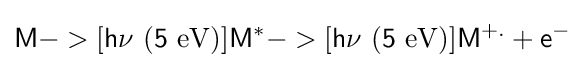
{\ce {\mathsf {M->[{h\nu \ (5\ {\ce {eV}})}]M^{\ast }->[{h\nu \ (5\ {\ce {eV}})}]{M^{+.}}+e^{-}}}}